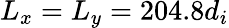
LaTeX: L_{x}=L_{y}=204.8d_{i}